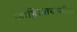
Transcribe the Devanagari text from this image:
जाहिरातबाजीला